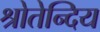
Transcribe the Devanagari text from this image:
श्रोतेन्दिय